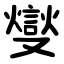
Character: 燮